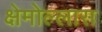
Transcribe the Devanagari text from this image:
क्षेमोल्लास